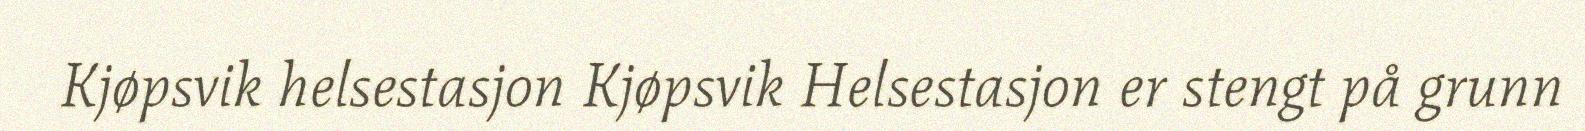
Kjøpsvik helsestasjon Kjøpsvik Helsestasjon er stengt på grunn